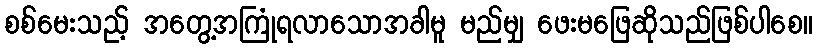
စစ်မေးသည့် အတွေ့အကြုံရလာသောအခါမူ မည်မျှ ဖေးမဖြေဆိုသည်ဖြစ်ပါစေ။